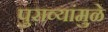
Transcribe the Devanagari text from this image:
पुराव्यांमुळे